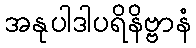
အနုပါဒါပရိနိဗ္ဗာနံ